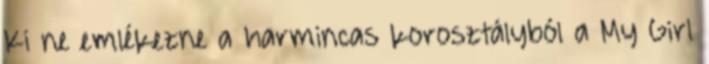
Ki ne emlékezne a harmincas korosztályból a My Girl